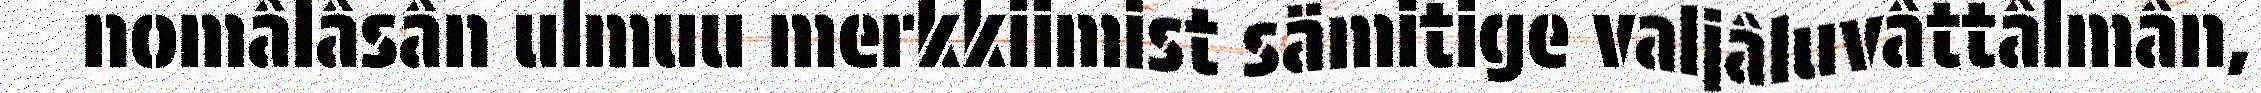
nomâlâsân ulmuu merkkiimist sämitige valjâluvâttâlmân,